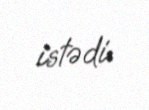
istədi.